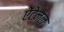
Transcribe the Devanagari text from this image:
ऐंटेनैल